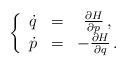
LaTeX: \begin{align*}\left\{\begin{array}{ccc}\dot{q} & = & \frac{\partial H}{\partial {p}}\, , \\\dot{p} & = & -\frac{\partial H}{\partial q}\, .\end{array}\right.\end{align*}